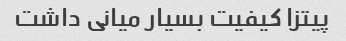
پیتزا کیفیت بسیار میانی داشت